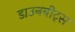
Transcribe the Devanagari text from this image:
डाउनबीट्स